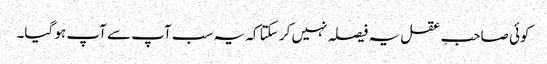
کوئی صاحبِ عقل یہ فیصلہ نہیں کر سکتا کہ یہ سب آپ سے آپ ہو گیا۔